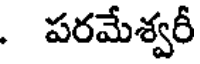
. పరమేశ్వరీ